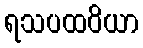
ရသပထဝိယာ